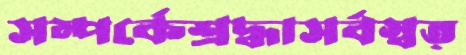
সম্পর্কেশ্রদ্ধাসর্বস্বত্